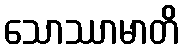
သောဿာမာတိ